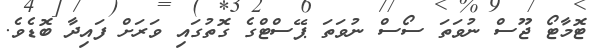
ޓޮމާޓޯ ޖޫސް ނުވަތަ ސޯސް ނުވަތަ ޕޭސްޓްގެ ގޮތުގައި ވަރަށް ފައިދާ ބޮޑެވެ.